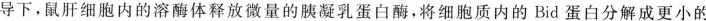
导下，鼠肝细胞内的溶酶体释放微量的胰凝乳蛋白酶，将细胞质内的Bid蛋白分解成更小的